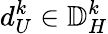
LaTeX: d_{U}^{k}\in{\mathbb{D}_{H}^{k}}